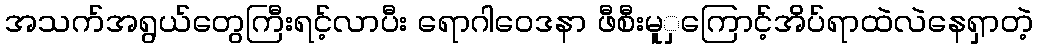
အသက်အရွယ်တွေကြီးရင့်လာပီး ရောဂါဝေဒနာ ဖီစီးမူှကြောင့်အိပ်ရာထဲလဲနေရှာတဲ့